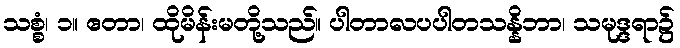
သစ္စံ၊ ၁။ ဧတာ၊ ထိုမိန်းမတို့သည်။ ပါတာလပပါတသန္နိဘာ၊ သမုဒ္ဒရာ၌